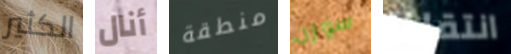
الكثير أنال منطقة سوزن انتقلنا